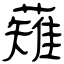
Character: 薙